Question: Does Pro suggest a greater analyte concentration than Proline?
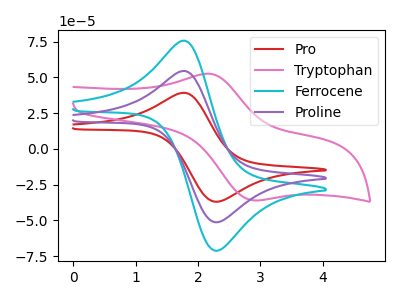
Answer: <think>The red curve "Pro" has an anodic peak at (1.80V, 39.20uA) and a cathodic peak at (2.30V, -36.90uA). The pink curve "Tryptophan" has an anodic peak at (2.15V, 52.55uA) and a cathodic peak at (2.90V, -35.95uA). The cyan curve "Ferrocene" has an anodic peak at (1.80V, 108.75uA) and a cathodic peak at (2.30V, -102.50uA). The purple curve "Proline" has an anodic peak at (1.80V, 54.40uA) and a cathodic peak at (2.30V, -51.25uA).
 All the peaks in "Pro" have a peak in "Proline" at the same potential. Every peak in "Pro" is lower than every peak in "Proline".</think>
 <answer>"Pro" has less signal than "Proline".</answer>
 <eval>less_signal</eval>